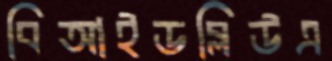
বিআইডব্লিউএ